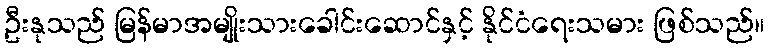
ဦးနုသည် မြန်မာအမျိုးသားခေါင်းဆောင်နှင့် နိုင်ငံရေးသမား ဖြစ်သည်။